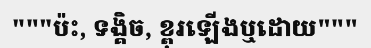
"""ប៉ះ, ទង្គិច, ខ្ពុរឡើងឬដោយ"""